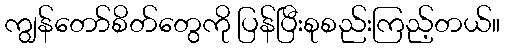
ကျွန်တော်စိတ်တွေကို ပြန်ပြီးစုစည်းကြည့်တယ်။